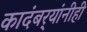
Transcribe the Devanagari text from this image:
कादंबर्‍यांनीही